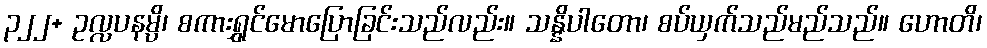
၃၂၂+ ဥလ္လပနမ္ပိ၊ စကားရွှင်မောပြောခြင်းသည်လည်း။ သန္နိပါတော၊ စပ်ယှက်သည်မည်သည်။ ဟောတိ၊